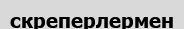
скреперлермен